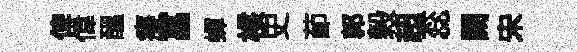
俾偉醖癡富蟬核史莭郭榖超蕊闕宋